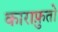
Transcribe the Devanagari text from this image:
काराफ़ुतो